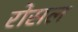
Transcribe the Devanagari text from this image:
रोसल